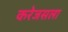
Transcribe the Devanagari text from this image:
करेजसला